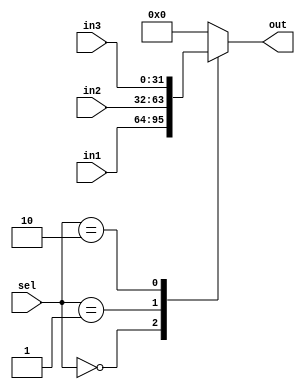
module MUX_3x1 (
input [31:0] in1 , in2 , in3,
input [1:0] sel,
output reg [31:0] out
);

always @(*) begin
case (sel)
2'b00 : out = in1;
2'b01 : out = in2;
2'b10 : out = in3;
default : out = {(32){1'b0}};
endcase 
end

endmodule